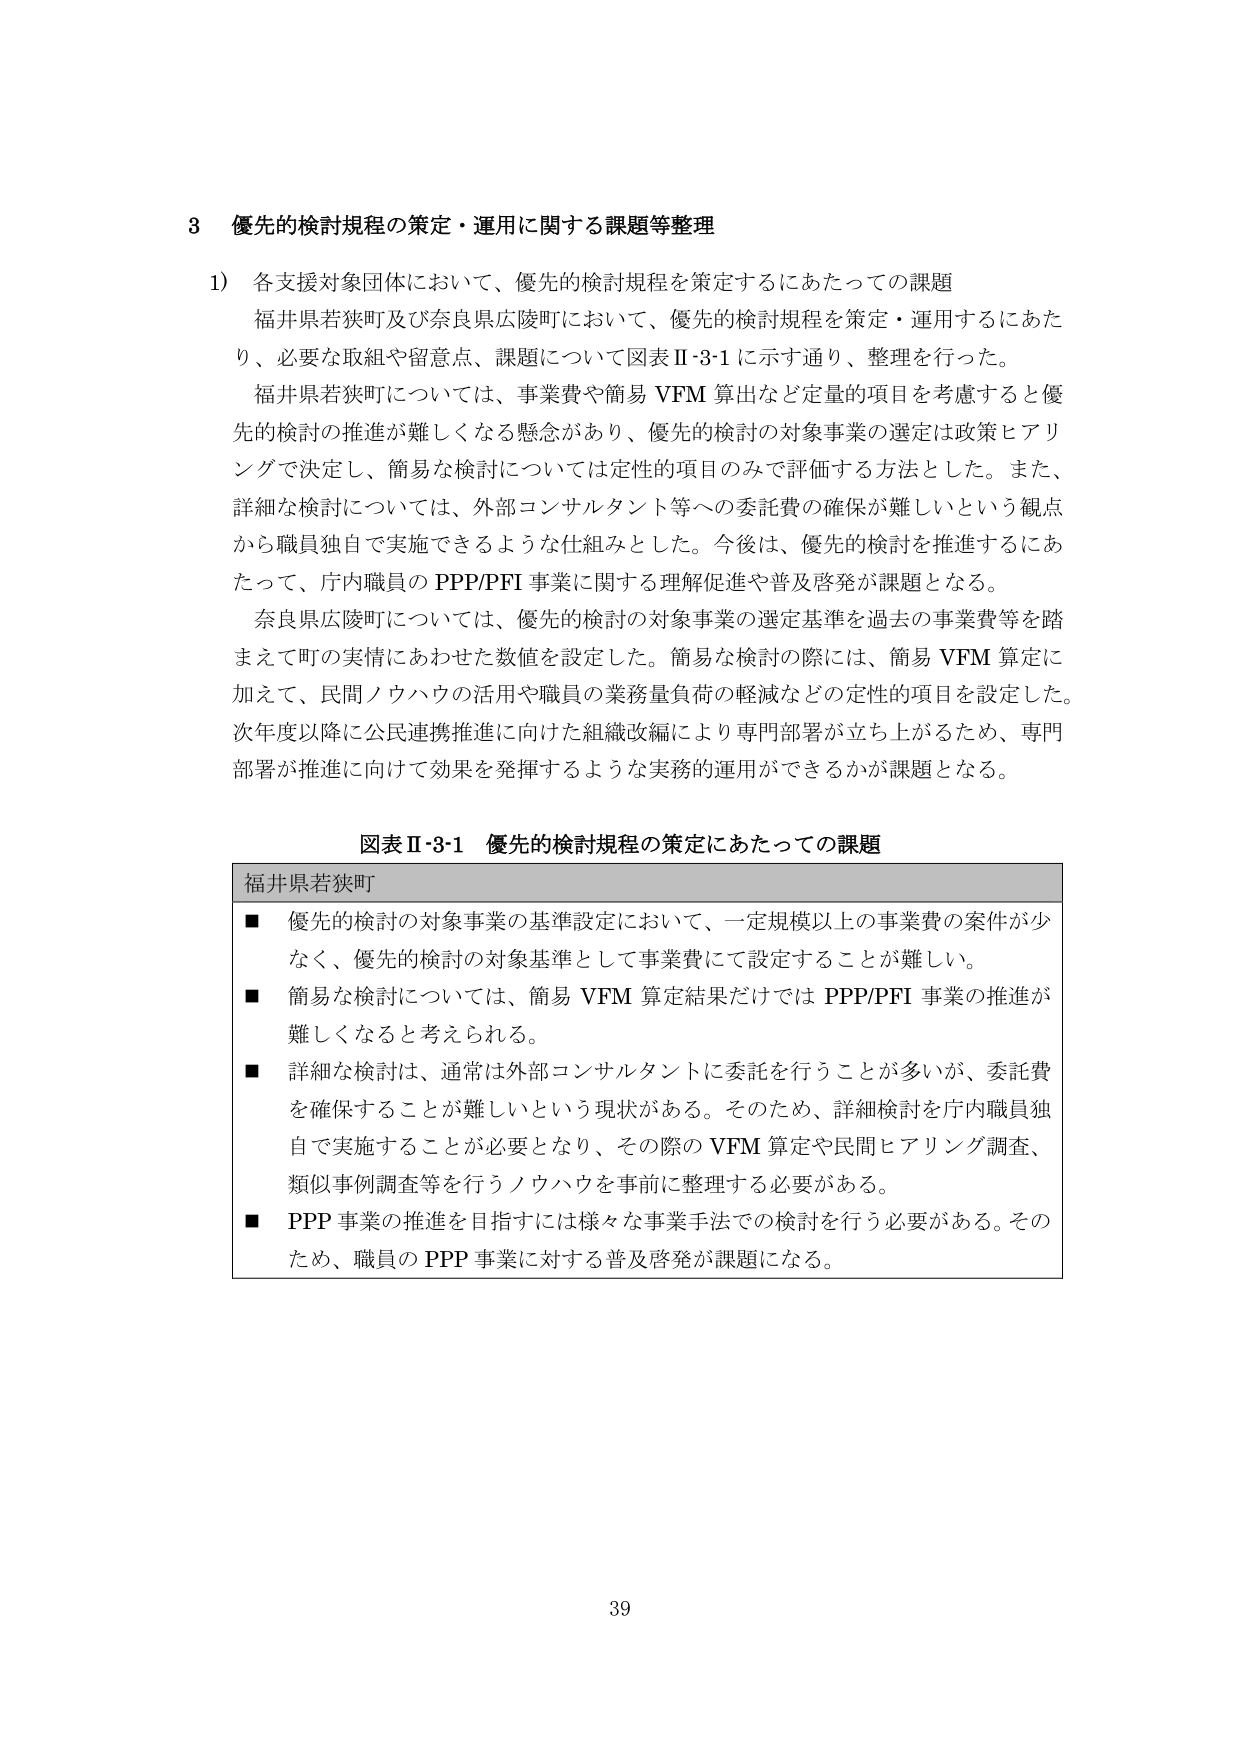
3 優先的検討規程の策定・運用に関する課題等整理

1) 各支援対象団体において、優先的検討規程を策定するにあたっての課題
福井県若狭町及び奈良県広陵町において、優先的検討規程を策定・運用するにあたり、必要な取組や留意点、課題について図表Ⅱ-3-1に示す通り、整理を行った。
福井県若狭町については、事業費や簡易VFM算出など定量的項目を考慮すると優先的検討の推進が難しくなる懸念があり、優先的検討の対象事業の選定は政策ヒアリングで決定し、簡易な検討については定性的項目のみで評価する方法とした。また、詳細な検討については、外部コンサルタント等への委託費の確保が難しいという観点から職員独自で実施できるような仕組みとした。今後は、優先的検討を推進するにあたって、庁内職員のPPP/PFI事業に関する理解促進や普及啓発が課題となる。
奈良県広陵町については、優先的検討の対象事業の選定基準を過去の事業費等を踏まえて町の実情にあわせた数値を設定した。簡易な検討の際には、簡易VFM算定に加えて、民間ノウハウの活用や職員の業務量負荷の軽減などの定性的項目を設定した。次年度以降に公民連携推進に向けた組織改編により専門部署が立ち上がるため、専門部署が推進に向けて効果を発揮するような実務的運用ができるかが課題となる。

図表Ⅱ-3-1 優先的検討規程の策定にあたっての課題

福井県若狭町
■ 優先的検討の対象事業の基準設定において、一定規模以上の事業費の案件が少なく、優先的検討の対象基準として事業費にて設定することが難しい。
■ 簡易な検討については、簡易VFM算定結果だけではPPP/PFI事業の推進が難しくなると考えられる。
■ 詳細な検討は、通常は外部コンサルタントに委託を行うことが多いが、委託費を確保することが難しいという現状がある。そのため、詳細検討を庁内職員独自で実施することが必要となり、その際のVFM算定や民間ヒアリング調査、類似事例調査等を行うノウハウを事前に整理する必要がある。
■ PPP事業の推進を目指すには様々な事業手法での検討を行う必要がある。そのため、職員のPPP事業に対する普及啓発が課題になる。

39